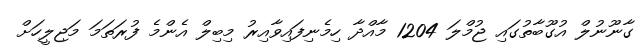
ގާނޫނުލް އުގޫބާތުގައި ޖުމްލަ 1204 މާއްދާ ހިމެނިފައިވާއިރު މިބިލް އެންމެ ފުރަތަމަ މަޖިލީހަށް